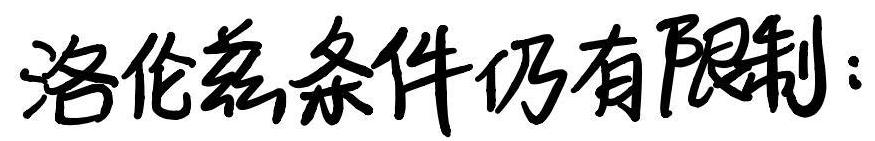
洛伦兹条件仍有限制：